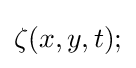
\zeta (x,y,t);